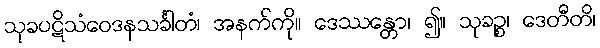
သုခပဋိသံဝေဒနသင်္ခါတံ၊ အနက်ကို။ ဒေဿန္တော၊ ၍။ သုခဉ္စ၊ ဒေတီတိ၊